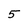
Character: 5